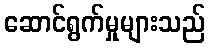
ဆောင်ရွက်မှုများသည်